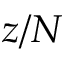
z / N